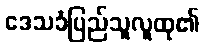
ဒေသခံပြည်သူလူထု၏